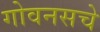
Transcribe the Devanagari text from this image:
गोवनसचे